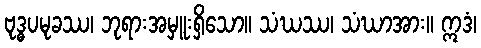
ဗုဒ္ဓပမုခဿ၊ ဘုရားအမှူးရှိသော။ သံဃဿ၊ သံဃာအား။ ဣဒံ၊